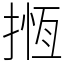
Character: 揯